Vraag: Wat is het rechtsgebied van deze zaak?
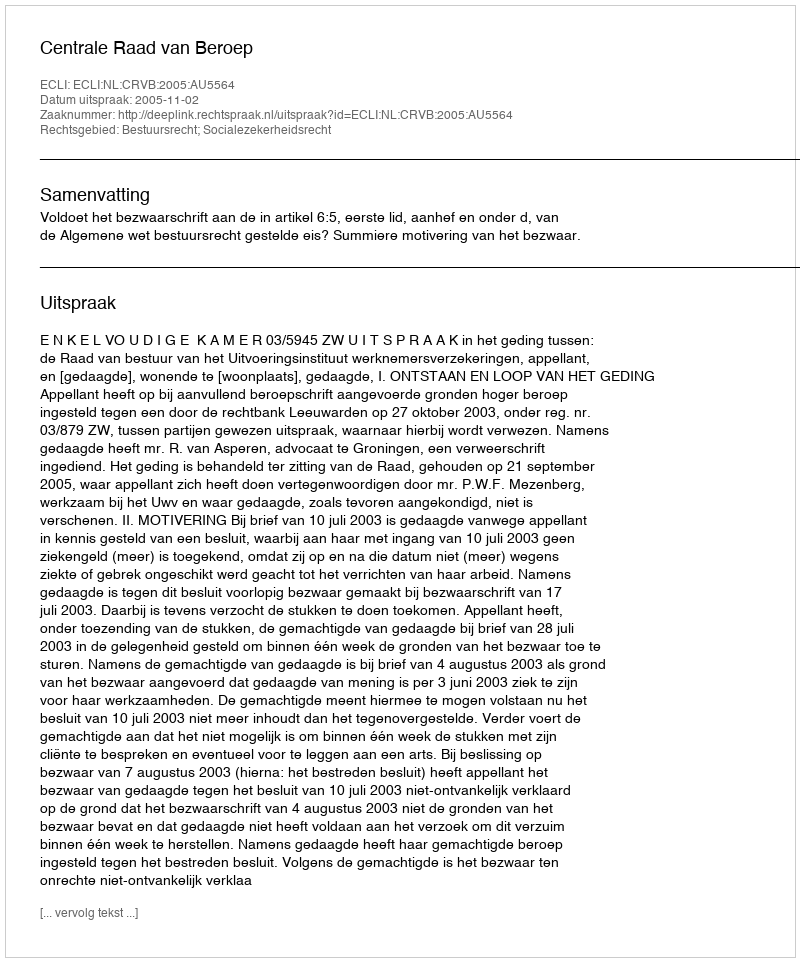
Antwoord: Bestuursrecht; Socialezekerheidsrecht